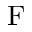
\mathrm { F }